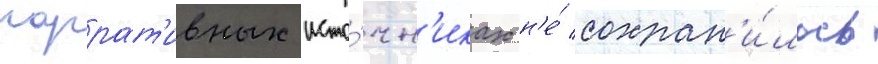
наррат'ивных исто́чн'иках н'е́ сохран'и́лось